Annual report on the working of the mental hospitals in the Madras Presidency - 1912-1932
Year: 1912
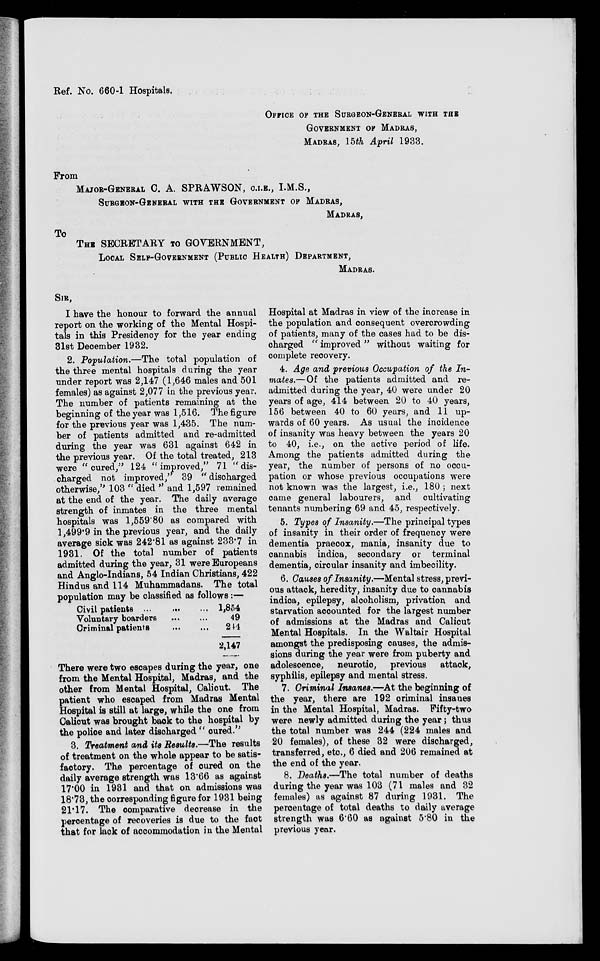
Ref. No. 660-1 Hospitals,
OFFICE OF THE SURGEON-GENERAL WITH THE
GOVERNMENT OF MADRAS,
MADRAS, 15th April 1933.
From
MAJOR-GENERAL C. A. SPRAWSON, C.I.E., I.M.S.,
SURGEON-GENERAL WITH THE GOVERNMENT OF MADRAS,
MADRAS,
To
THE SECRETARY TO GOVERNMENT,
LOCAL SELF-GOVERNMENT (PUBLIC HEALTH) DEPARTMENT,
MADRAS.
SIR,
I have the honour to forward the annual
report on the working of the Mental Hospi-
tals in this Presidency for the year ending
31st December 1932.
2. Population.—The total population of
the three mental hospitals during the year
under report was 2,147 (1,646 males and 501
females) as against 2,077 in the previous year.
The number of patients remaining at the
beginning of the year was 1,516. The figure
for the previous year was 1,435. The num-
ber of patients admitted and re-admitted
during the year was 631 against 642 in
the previous year. Of the total treated, 213
were "cured," 124 " improved," 71 "dis-
charged not improved," 39 "discharged
otherwise," 103 " died " and 1,597 remained
at the end of the year. The daily average
strength of inmates in the three mental
hospitals was 1,559.80 as compared with
1,499.9 in the previous year, and the daily
average sick was 242.81 as against 233.7 in
1931. Of the total number of patients
admitted during the year, 31 were Europeans
and Anglo-Indians, 54 Indian Christians, 422
Hindus and 114 Muhammadans. The total
population may be classified as follows:—
Civil patients ... ... ...
Voluntary boarders ... ...
Criminal patients
...
...
1,854
49
244
2,147
There were two escapes during the year, one
from the Mental Hospital, Madras, and the
other from Mental Hospital, Calicut. The
patient who escaped from Madras Mental
Hospital is still at large, while the one from
Calicut was brought back to the hospital by
the police and later discharged " cured."
3. Treatment and its Results.—The results
of treatment on the whole appear to be satis-
factory. The percentage of cured on the
daily average strength was 13.66 as against
17.00 in 1931 and that on admissions was
18.73, the corresponding figure for 1931 being
21.17. The comparative decrease in the
percentage of recoveries is due to the fact
that for lack of accommodation in the Mental
Hospital at Madras in view of the increase in
the population and consequent overcrowding
of patients, many of the cases had to be dis-
charged " improved " without waiting for
complete recovery.
4. Age and previous Occupation of the In-
mates.— Of the patients admitted and re-
admitted during the year, 40 were under 20
years of age, 414 between 20 to 40 years,
156 between 40 to 60 years, and 11 up-
wards of 60 years. As usual the incidence
of insanity was heavy between the years 20
to 40, i.e., on the active period of life.
Among the patients admitted during the
year, the number of persons of no occu-
pation or whose previous occupations were
not known was the largest, i.e., 180 ; next
came general labourers, and cultivating
tenants numbering 69 and 45, respectively.
5. Types of Insanity.—The principal types
of insanity in their order of frequency were
dementia praecox, mania, insanity due to
cannabis indica, secondary or terminal
dementia, circular insanity and imbecility.
6. Causes of Insanity.—Mental stress, previ-
ous attack, heredity, insanity due to cannabis
indica, epilepsy, alcoholism, privation and
starvation accounted for the largest number
of admissions at the Madras and Calicut
Mental Hospitals. In the Waltair Hospital
amongst the predisposing causes, the admis-
sions during the year were from puberty and
adolescence, neurotic, previous
attack,
syphilis, epilepsy and mental stress.
7. Criminal Insanes.—At the beginning of
the year, there are 192 criminal insanes
in the Mental Hospital, Madras. Fifty-two
were newly admitted during the year; thus
the total number was 244 (224 males and
20 females), of these 32 were discharged,
transferred, etc., 6 died and 206 remained at
the end of the year.
8. Deaths.—The total number of deaths
during the year was 103 (71 males and 32
females) as against 87 during 1931. The
percentage of total deaths to daily average
strength was 6.60 as against 5.80 in the
previous year.